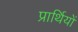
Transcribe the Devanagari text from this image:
प्रार्थियों